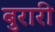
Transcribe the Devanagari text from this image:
बुरारी